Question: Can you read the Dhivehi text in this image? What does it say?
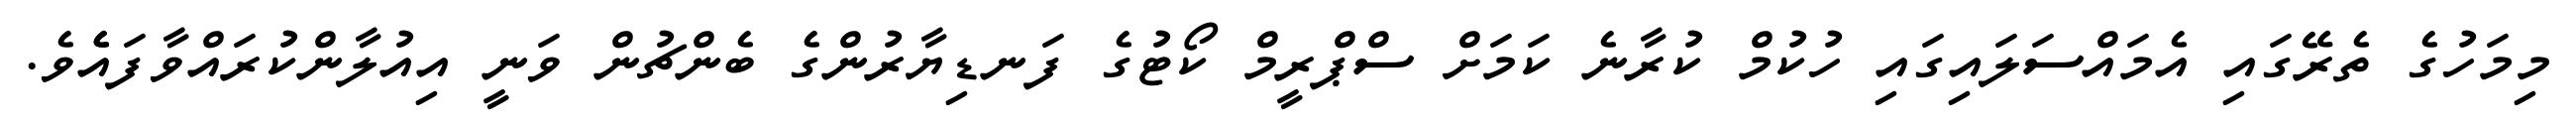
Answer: މިމަހުގެ ތެރޭގައި އެމައްސަލައިގައި ހުކުމް ކުރާނެ ކަމަށް ސްޕްރީމް ކޯޓުގެ ފަނޑިޔާރުންގެ ބެންޗުން ވަނީ އިއުލާންކުރައްވާފައެެވެ.